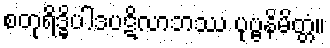
စတုရိဒ္ဓိပါဒပဋိလာဘဿ ပုဗ္ဗနိမိတ္တံ။